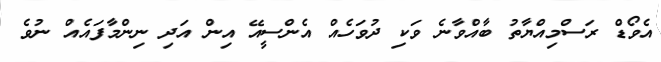
އެވޯޑް ރަސްމިއްޔާތު ބާއްވާނެ ވަކި ދުވަހެއް އެންސީއޭ އިން އަދި ނިންމާފައެއް ނުވެ